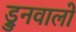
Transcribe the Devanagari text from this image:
ड्रुनवालो